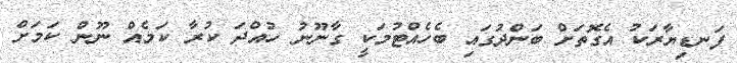
ފަނޑިޔާރަކު އެގޮތަށް ބަންދުގައި ބެހެއްޓުމަކީ ގާނޫނު ހުއްދަ ކުރާ ކަމެއް ނޫން ކަމަށް